Indian journal of veterinary science and animal husbandry - Volume 7,
Year: 1937
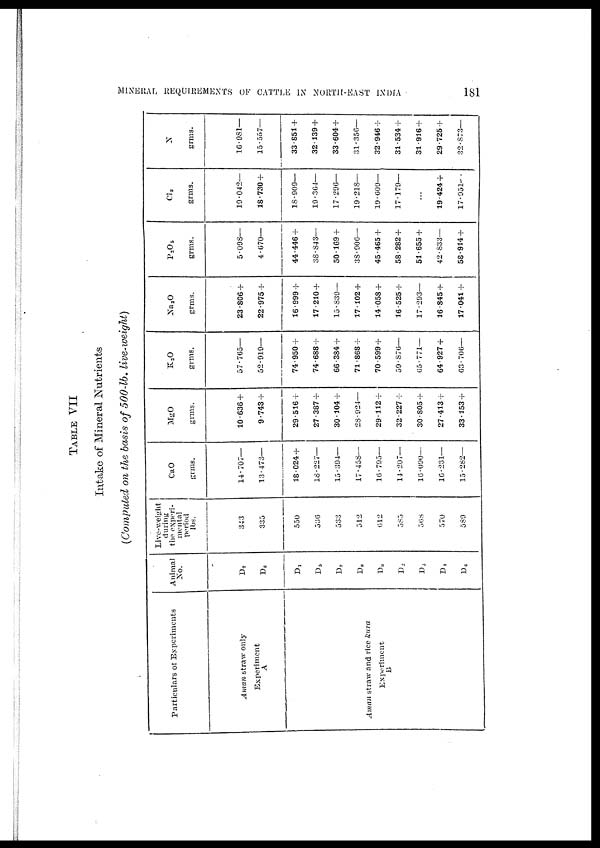
MINERAL REQUIREMENTS OF CATTLE IN NORTH-EAST INDIA
181
TABLE VII
Intake of Mineral Nutrients
(Computed on the basis of 500-lb. live-weight)
Particulars of Experiments
Aman straw only
Experiment
A
Aman straw and rice Kura
Experiment
B
Animal
No.
D7
D8
D1
D5
D7
D8
D9
D2
D3
D4
D6
Live-weight
during
the experi¬
mental
period
lbs.
343
335
550
530
533
512
612
585
568
570
589
CaO
grms.
14.707—
13.473—
18.024 +
18.227—
15.394—
17.458—
16.795—
14.207—
16.090—
16.231—
15.282—
MgO
grms.
10.636 +
9.743 +
29.516 +
27.387 +
30.104 +
28 . 924—
29 112 +
32.227 +
30.805 +
27.413 +
33.153 +
K 2 O
grms.
57.765—
52.919—
74.950 +
74.688 +
66.384 +
71.868 +
70.599 +
59.876—
65.771—
64.927 +
63.706—
Na 2 O
grms.
23.806 +
22.975 +
16.999 +
17.210 +
15.839—
17.102 +
14.058 +
16.525 +
17.293—
16.845 +
17.041 +
P 2 O 5
grms.
5.098—
4.670—
44.446 +
38.843—
50.169 +
38.906—
45.465 +
58.282 +
51.655 +
42.833—
58.914 +
Cl2
grms.
19.042—
18.730 +
18.909—
19.364—
17.296—
19.218—
19.609—
17.179—
...
19.424 +
17.951.
N
grms.
16.981—
15.557—
33.851 +
32.139 +
33.604 +
31.356—
32.946 +
31.534 +
31.916 +
29.725 +
32.873—